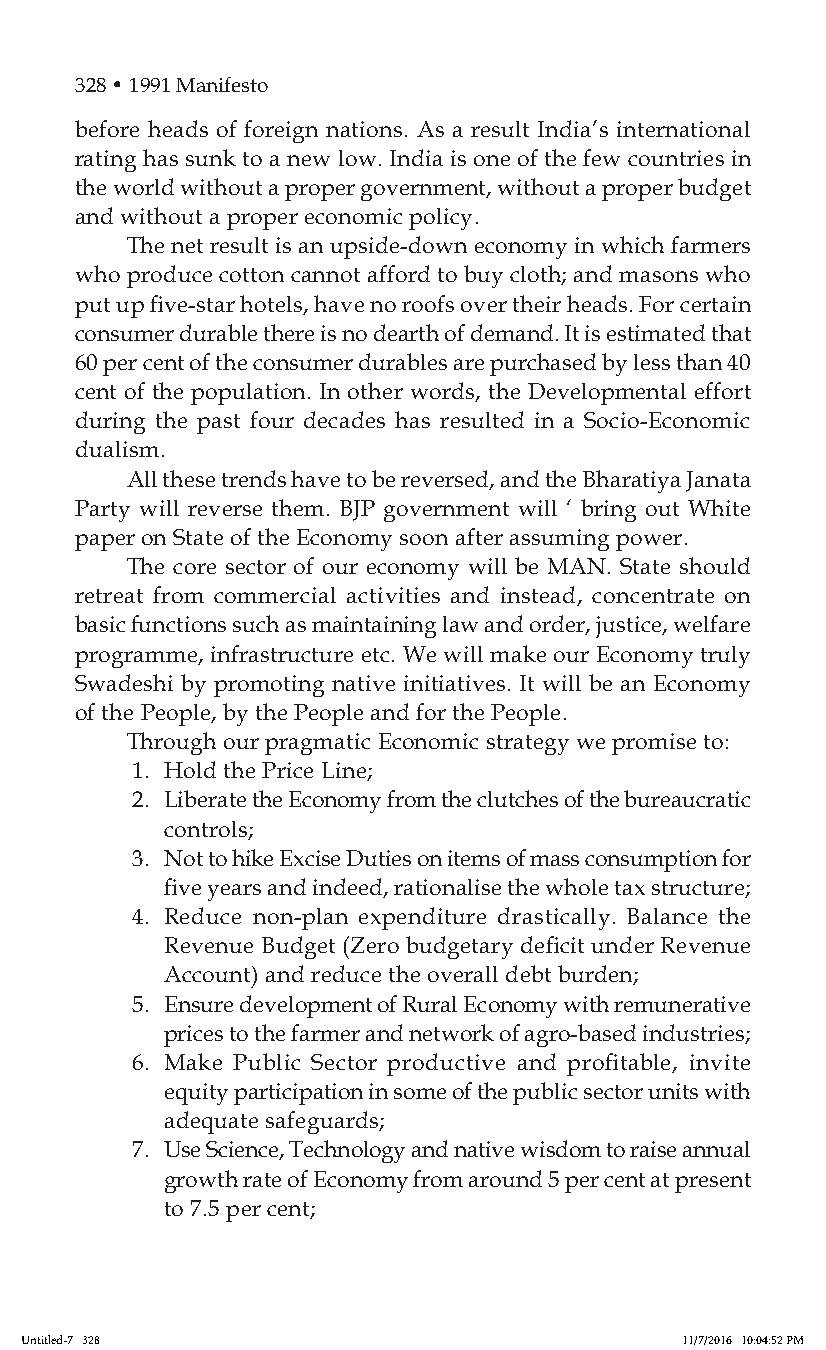
328 • 1991 Manifesto
 before heads of foreign nations. As a result India’s international
 rating has sunk to a new low. India is one of the few countries in
 the world without a proper government, without a proper budget
 and without a proper economic policy.
 The net result is an upside-down economy in which farmers
 who produce cotton cannot afford to buy cloth; and masons who
 put up five-star hotels, have no roofs over their heads. For certain
 consumer durable there is no dearth of demand. It is estimated that
 60 per cent of the consumer durables are purchased by less than 40
 cent of the population. In other words, the Developmental effort
 during the past four decades has resulted in a Socio-Economic
 dualism.
 All these trends have to be reversed, and the Bharatiya Janata
 Party will reverse them. BJP government will ‘ bring out White
 paper on State of the Economy soon after assuming power.
 The core sector of our economy will be MAN. State should
 retreat from commercial activities and instead, concentrate on
 basic functions such as maintaining law and order, justice, welfare
 programme, infrastructure etc. We will make our Economy truly
 Swadeshi by promoting native initiatives. It will be an Economy
 of the People, by the People and for the People.
 Through our pragmatic Economic strategy we promise to:
 1. Hold the Price Line;
 2. Liberate the Economy from the clutches of the bureaucratic
 controls;
 3. Not to hike Excise Duties on items of mass consumption for
 five years and indeed, rationalise the whole tax structure;
 4. Reduce non-plan expenditure drastically. Balance the
 Revenue Budget (Zero budgetary deficit under Revenue
 Account) and reduce the overall debt burden;
 5. Ensure development of Rural Economy with remunerative
 prices to the farmer and network of agro-based industries;
 6. Make Public Sector productive and profitable, invite
 equity participation in some of the public sector units with
 adequate safeguards;
 7. Use Science, Technology and native wisdom to raise annual
 growth rate of Economy from around 5 per cent at present
 to 7.5 per cent;
 Untitled-7 328                              11/7/2016 10:04:52 PM